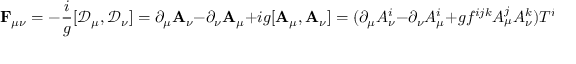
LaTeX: \mathbf { F } _ { \mu \nu } = - { \frac { i } { g } } [ \mathbf { \mathcal { D } } _ { \mu } , \mathbf { \mathcal { D } } _ { \nu } ] = \partial _ { \mu } \mathbf { A } _ { \nu } - \partial _ { \nu } \mathbf { A } _ { \mu } + i g [ \mathbf { A } _ { \mu } , \mathbf { A } _ { \nu } ] = ( \partial _ { \mu } A _ { \nu } ^ { i } - \partial _ { \nu } A _ { \mu } ^ { i } + g f ^ { i j k } A _ { \mu } ^ { j } A _ { \nu } ^ { k } ) T ^ { i }